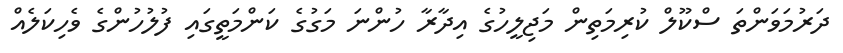
ދަރުމަވަންތަ ސްކޫލް ކުރިމަތިން މަޖިލީހުގެ އިދާރާ ހުންނަ މަގުގެ ކަންމަތީގައި ފުލުހުންގެ ވެހިކަލެއް